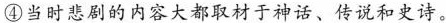
④当时悲剧的内容大都取材于神话、传说和史诗。